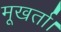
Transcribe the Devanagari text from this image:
मूखर्ता।